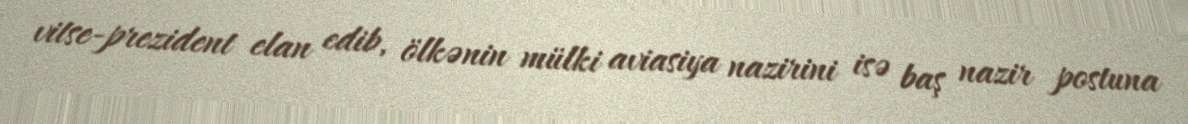
vitse-prezident elan edib, ölkənin mülki aviasiya nazirini isə baş nazir postuna